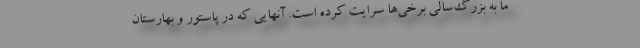
ما به بزرگ‌سالی برخی‌ها سرایت کرده است. آنهایی که در پاستور و بهارستان